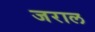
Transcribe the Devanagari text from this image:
जराल